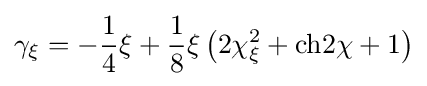
\gamma _{\xi }=-{\frac {1}{4}}\xi +{\frac {1}{8}}\xi \left(2\chi _{\xi }^{2}+\mathrm {ch} 2\chi +1\right)